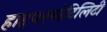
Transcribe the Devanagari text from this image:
हाइपरमोटिलिटी